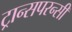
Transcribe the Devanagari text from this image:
ट्रान्सपरन्सी